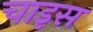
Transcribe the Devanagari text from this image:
चाइस